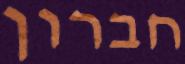
חברון